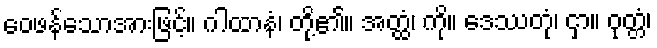
ဝေဖန်သောအားဖြင့်။ ဂါထာနံ၊ တို့၏။ အတ္ထံ၊ ကို။ ဒေဿတုံ၊ ငှာ။ ဝုတ္တံ၊